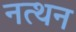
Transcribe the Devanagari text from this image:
नत्थन